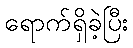
ရောက်ရှိခဲ့ပြီး